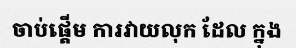
ចាប់ផ្តើម ការវាយលុក ដែល ក្នុង